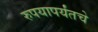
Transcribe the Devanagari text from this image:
रुपयापर्यंतचे